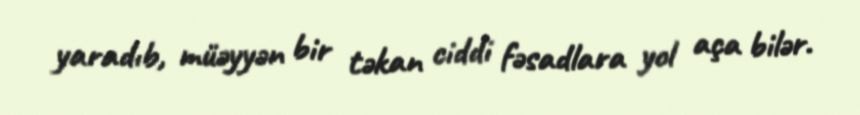
yaradıb, müəyyən bir təkan ciddi fəsadlara yol aça bilər.